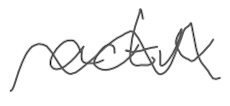
Text: active
Cross-out: wave
Writing tool: digital_gray